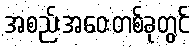
အစည်းအဝေးတစ်ခုတွင်